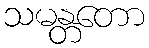
သမန္တတော